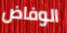
الوفاض